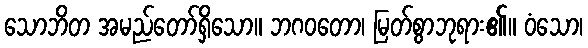
သောဘိတ အမည်တော်ရှိသော။ ဘဂဝတော၊ မြတ်စွာဘုရား၏။ ဝံသော၊